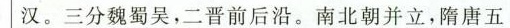
汉。三分魏蜀吴，二晋前后沿。南北朝并立，隋唐五